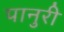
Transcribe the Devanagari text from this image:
पानुरी